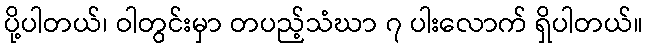
ပို့ပါတယ်၊ ဝါတွင်းမှာ တပည့်သံဃာ ၇ ပါးလောက် ရှိပါတယ်။